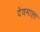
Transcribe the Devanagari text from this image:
देवमाला